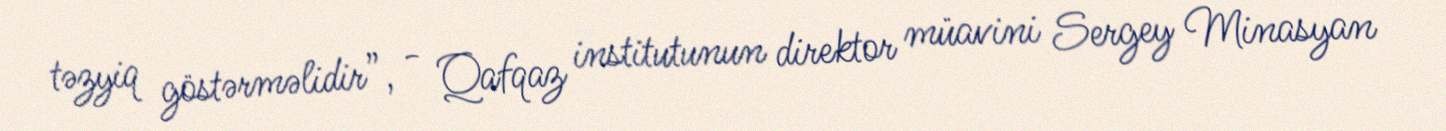
təzyiq göstərməlidir”, - Qafqaz institutunun direktor müavini Sergey Minasyan